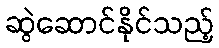
ဆွဲဆောင်နိုင်သည့်